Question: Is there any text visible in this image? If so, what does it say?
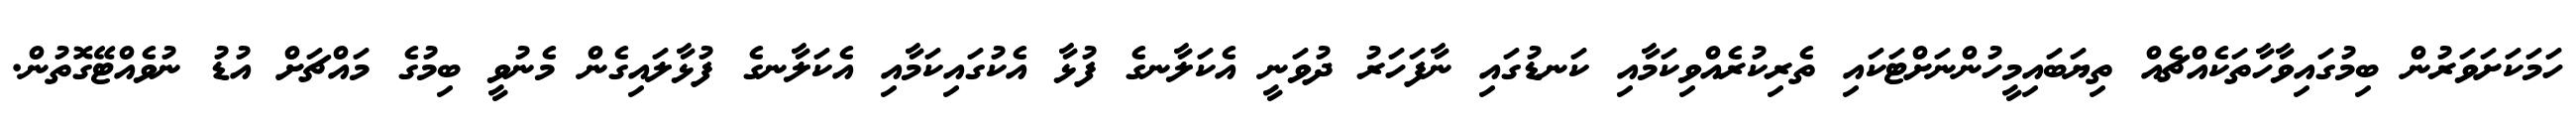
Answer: ހަމަކަށަވަރުން ބިމުގައިވާހާތަކެއްޗެއް ތިޔަބައިމީހުންނަށްޓަކައި ތެރިކުރެއްވިކަމާއި ކަނޑުގައި ނާފަހަރު ދުވަނީ އެކަލާނގެ ފުޅާ އެކުގައިކަމާއި އެކަލާނގެ ފުޅާލައިގެން މެނުވީ ބިމުގެ މައްޗަށް އުޑު ނުވެއްޓޭގޮތުން.